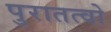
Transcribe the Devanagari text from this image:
पुरातत्वो